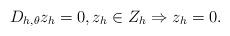
LaTeX: \begin{align*}D_{h,\theta} z_h = 0, z_h\in Z_h \Rightarrow z_h = 0.\end{align*}